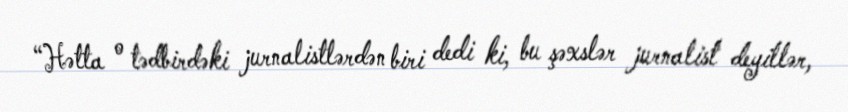
“Hətta o tədbirdəki jurnalistlərdən biri dedi ki, bu şəxslər jurnalist deyillər,